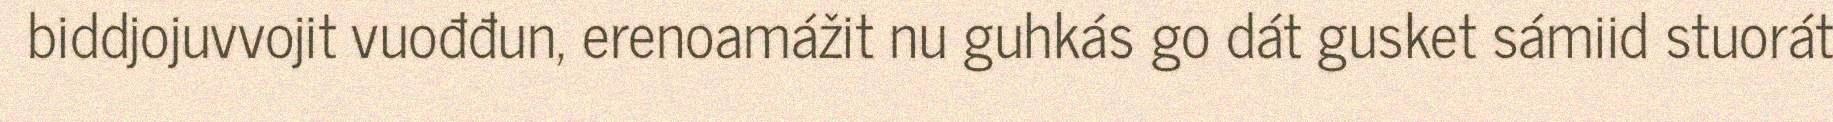
biddjojuvvojit vuođđun, erenoamážit nu guhkás go dát gusket sámiid stuorát